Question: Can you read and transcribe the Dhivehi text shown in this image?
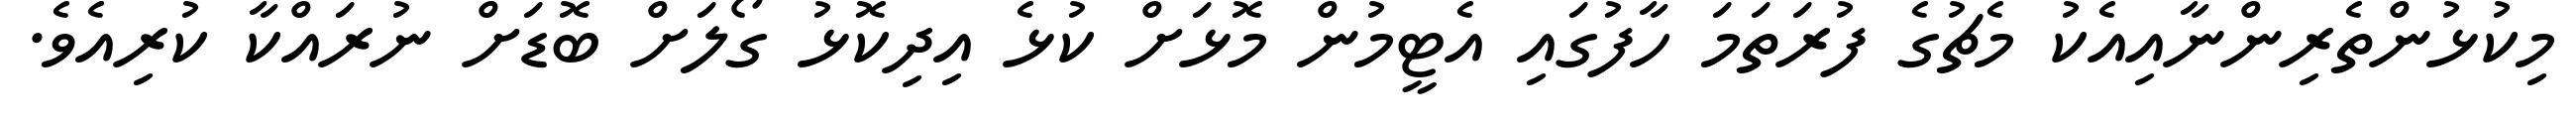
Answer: މިކުޅުންތެރިންނާއިއެކު މެޗުގެ ފުރަތަމަ ހާފުގައި އެޓީމުން މޮޅަށް ކުޅެ އިދިކޮޅު ގޯލަށް ބޮޑަށް ނުރައްކާ ކުރިއެވެ.